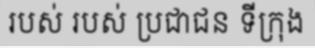
របស់ របស់ ប្រជាជន ទីក្រុង